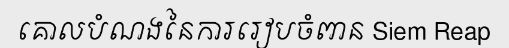
គោលបំណងនៃការរៀបចំពាន Siem Reap